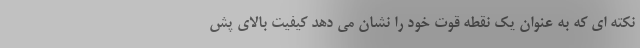
نکته ای که به عنوان یک نقطه قوت خود را نشان می دهد کیفیت بالای پش